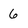
Character: 6